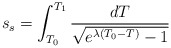
\begin{align*}s_s= \int_{T_0}^{T_1}\frac{dT}{\sqrt{e^{\lambda(T_0-T)}-1}}\end{align*}